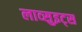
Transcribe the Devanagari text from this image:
लाव्सुइट्स